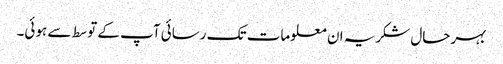
بہرحال شکریہ ان معلومات تک رسائی آپ کے توسط سے ہوئی۔